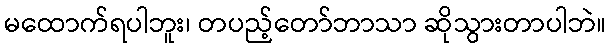
မထောက်ရပါဘူး၊ တပည့်တော်ဘာသာ ဆိုသွားတာပါဘဲ။